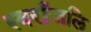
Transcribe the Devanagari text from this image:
स्वराँजलि